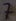
Text: 7